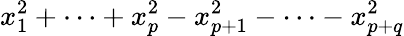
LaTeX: x_{1}^{2}+\cdots+x_{p}^{2}-x_{p+1}^{2}-\cdots-x_{p+q}^{2}